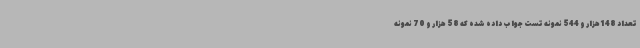
تعداد 148هزار و 544 نمونه تست جواب داده شده که 58 هزار و 70 نمونه